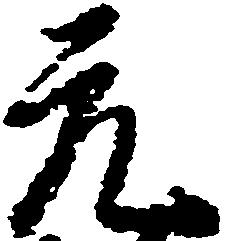
元